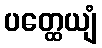
ပတ္ထေယျံ